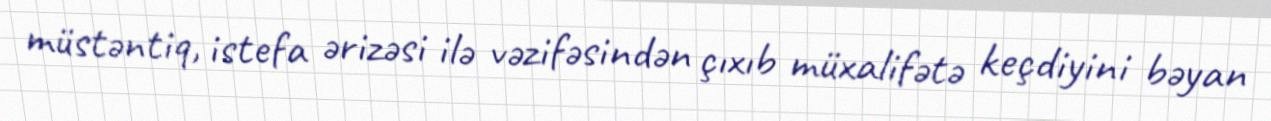
müstəntiq, istefa ərizəsi ilə vəzifəsindən çıxıb müxalifətə keçdiyini bəyan